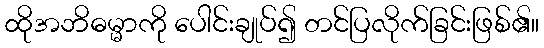
ထိုအဘိဓမ္မာကို ပေါင်းချုပ်၍ တင်ပြလိုက်ခြင်းဖြစ်၏။